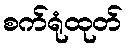
စက်ရုံထုတ်